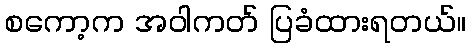
စကော့က အဝါကတ် ပြခံထားရတယ်။